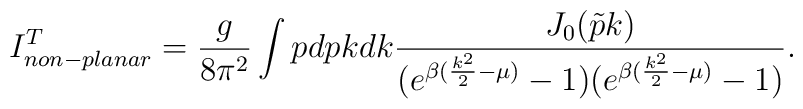
I_{non-planar}^{T} = \frac{g}{8\pi^2} \int p dp k dk \frac{J_0(\tilde{p} k)}{(e^{\beta(\frac{k^2}{2}-\mu)}-1)(e^{\beta(\frac{k^2}{2}-\mu)}-1)}.